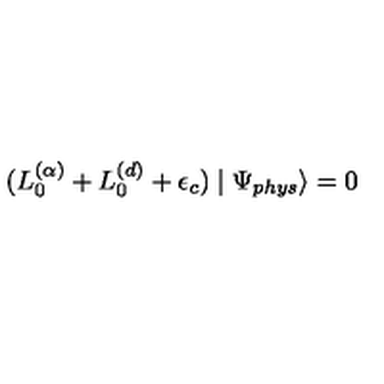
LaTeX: ( L _ { 0 } ^ { ( \alpha ) } + L _ { 0 } ^ { ( d ) } + \epsilon _ { c } ) \mid \Psi _ { p h y s } \rangle = 0